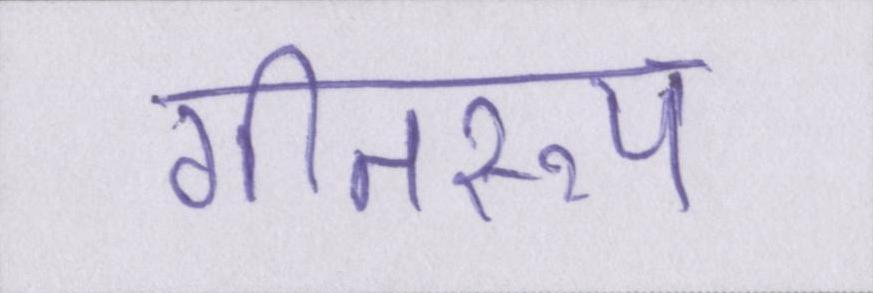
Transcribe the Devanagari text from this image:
गीतरूप